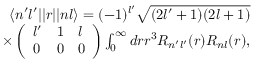
\begin{array} { r } { \langle n ^ { \prime } l ^ { \prime } | | r | | n l \rangle = ( - 1 ) ^ { l ^ { \prime } } \sqrt { ( 2 l ^ { \prime } + 1 ) ( 2 l + 1 ) } } \\ { \times \left( \begin{array} { l l l } { l ^ { \prime } } & { 1 } & { l } \\ { 0 } & { 0 } & { 0 } \end{array} \right) \int _ { 0 } ^ { \infty } d r r ^ { 3 } R _ { n ^ { \prime } l ^ { \prime } } ( r ) R _ { n l } ( r ) , } \end{array}